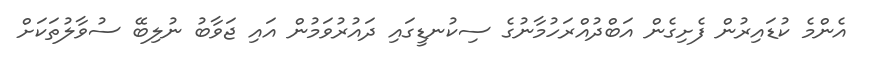
އެންމެ ކުޑައިރުން ފެށިގެން އަބްދުއްރަހުމާނުގެ ސިކުނޑީގައި ދައުރުވަމުން އައި ޖަވާބު ނުލިބޭ ސުވާލުތަކަށް